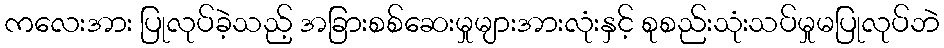
ကလေးအား ပြုလုပ်ခဲ့သည့် အခြားစစ်ဆေးမှုများအားလုံးနှင့် စုစည်းသုံးသပ်မှုမပြုလုပ်ဘဲ